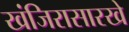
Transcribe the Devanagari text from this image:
खंजिरासारखे